Report on sanitation, dispensaries, and jails in Rajputana for 1915, and on vaccination for the year 1915-1916 - 1915-1916
Year: 1915
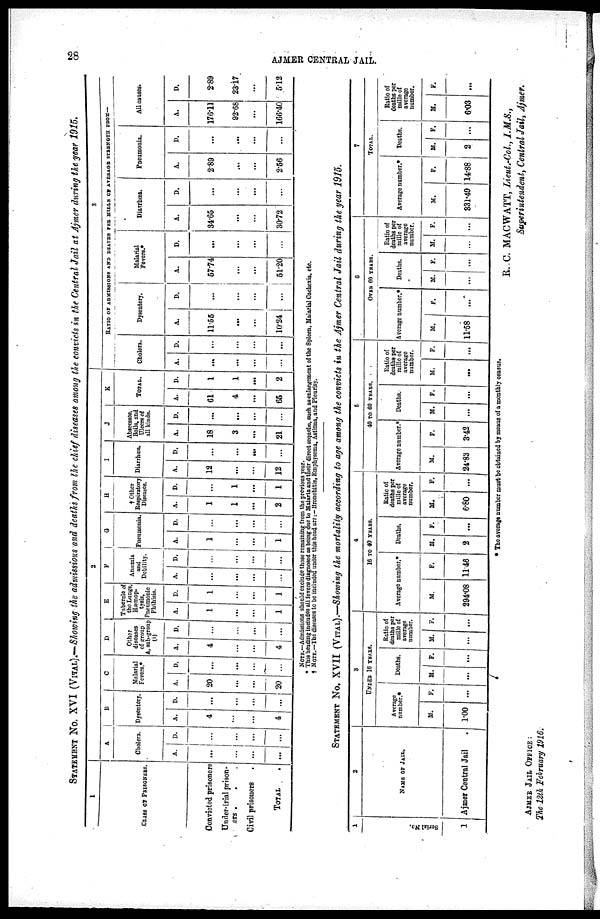
28
AJMER CENTRAL JAIL.
STATEMENT No. XVI (VITAL).—Showing the admissions and deaths from the chief diseases among the convicts in the Central Jail at Ajmer during the year 1915.
1
CLASS OF PRISONERS.
Convicted prisoners
Under-trial prison-
ers . . .
Civil prisoners .
TOTAL .
2
A
Cholera.
A.
...
...
...
...
D.
...
...
...
...
B
Dysentery.
A.
4
...
...
4
D.
...
...
...
...
C
Malarial
Fevers.*
A.
20
...
...
20
D.
...
...
...
...
D
Other
diseases
of group
A, sub-group
(i)
A.
4
...
...
4
D.
...
...
...
...
E
Tubercle of
the Lungs,
Hæmop¬
Pneumonic
Phthisis.
A.
1
...
...
1
D.
1
...
...
1
F
Anæmia
and
Debility.
A.
...
...
...
...
D.
...
...
...
...
G
Pneumonia.
A.
1
...
...
1
D.
...
...
...
...
H
† Other
Respiratory
Diseases.
A.
1
1
...
2
D.
...
1
...
1
I
Diarrhœa.
A.
12
...
...
12
D.
...
...
...
...
J
Abscesses,
Boils, and
Ulcers of
all kinds.
A.
18
3
...
21
D.
...
...
...
...
K
TOTAL.
A.
61
4
...
65
D.
1
1
...
2
3
RATIO OF ADMISSIONS AND DEATHS PER MILLS OF AVERAGE STRENGTH FROM—
Cholera.
A.
...
...
...
...
D.
...
...
...
Dysentery.
A.
11.55
...
...
10.24
D.
...
...
...
...
Malarial
Fevers.*
A.
57.74
...
...
51.20
D.
...
...
...
...
Diarrhœa.
A.
34.65
...
...
30.72
D.
...
...
...
...
Pneumonia.
A.
2.89
...
...
2.56
D.
...
...
...
...
All causes
A.
176.11
92.68
...
166.40
D.
2.89
23.17
...
512
NOTE.—Admissions should exclude those remaining from the previous year.
* This heading includes all fevers diagnosed as being due to Malaria and their direct sequelæ, such as enlargement of the Spleen, Malarial Caehoxia, etc.
† NOTE.—The diseases to be included under this head are: — Bronchitis, Emphysema, Asthma, and Pleurisy.
STATEMENT No. XVII (VITAL).—Showing the mortality according to age among the convicts in the Ajmer Central Jail during the year 1915.
1
Serial No.
1
2
NAME OF JAIL.
Ajmer Central Jail .
3
UNDER 16 YEARS.
Average
number.*
M.
1.00
F.
...
Deaths.
M.
...
F.
...
Ratio of
deaths per
mille of
average
number.
M.
...
F.
...
4
16 TO 40 YEARS.
Average number.*
M.
294.08
F.
11.46
Deaths.
M.
2
F.
...
Ratio of
deaths per
mille of
average
number.
M.
6.80
F.
...
5
40 TO 60 YEARS.
Average number.*
M.
24.83
F.
3.42
Deaths.
M.
...
F.
...
Ratio of
deaths per
mille of
average
number.
M.
...
F.
...
6
OVER 60 YEARS.
Average number.*
M.
11.58
F.
...
Deaths.
M.
...
F.
...
Ratio of
deaths per
mille of
average
number.
M.
...
F.
...
7
TOTAL.
Average number.*
M.
331.49
F.
14.88
Deaths.
M.
2
F.
...
Ratio of
deaths per
mills of
average
number.
M.
6.03
F.
...
* The average number must be obtained by means of a monthly census.
R. C. MACWATT, Lieut.-Col., I.M.S.,
Superintendent, Central Jail, Ajmer.
AJMER JAIL OFFICE :
The 12th February 1916.